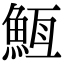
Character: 𮫵